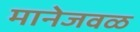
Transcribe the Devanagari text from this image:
मानेजवळ